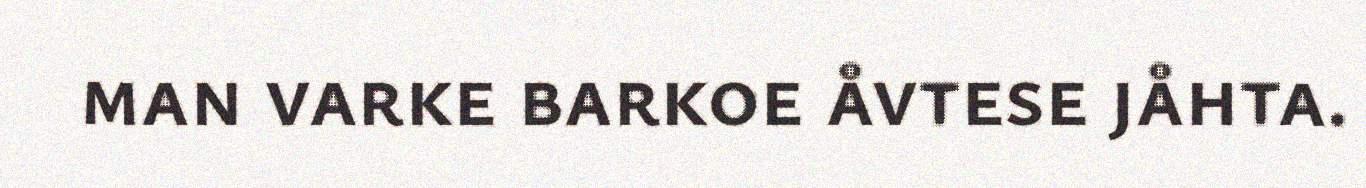
man varke barkoe åvtese jåhta.